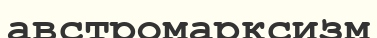
австромарксизм